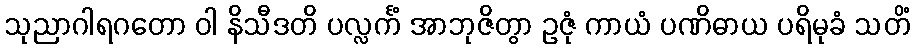
သုညာဂါရဂတော ဝါ နိသီဒတိ ပလ္လင်္ကံ အာဘုဇိတွာ ဥဇုံ ကာယံ ပဏိဓာယ ပရိမုခံ သတိံ